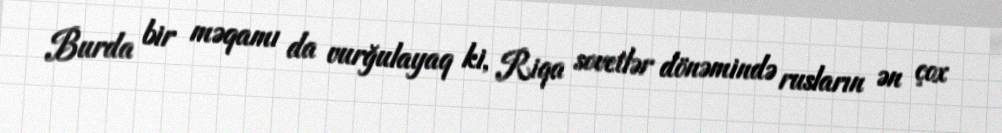
Burda bir məqamı da vurğulayaq ki, Riqa sovetlər dönəmində rusların ən çox